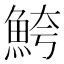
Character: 鮬